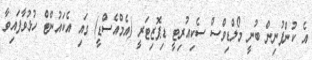
އެ ކުންފުނިން ބުނީ މޯލްޑިވްސް ސެކިއުރިޓީ ޑިޕޮޒިޓަރީ (އެމްއެސްޑީ) ގައި އެކައުންޓް ހުޅުވާފައިވާ